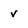
Character: v